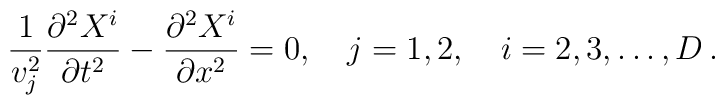
\frac{1}{v_j^2}\frac{\partial^2X^i}{\partial t^2} -\frac{\partial^2X^i}{\partial x^2} = 0,\quad j= 1,2, \quad i=2,3,\dots ,D\,{.}